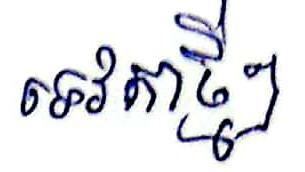
ទេវតាថ្មីៗ